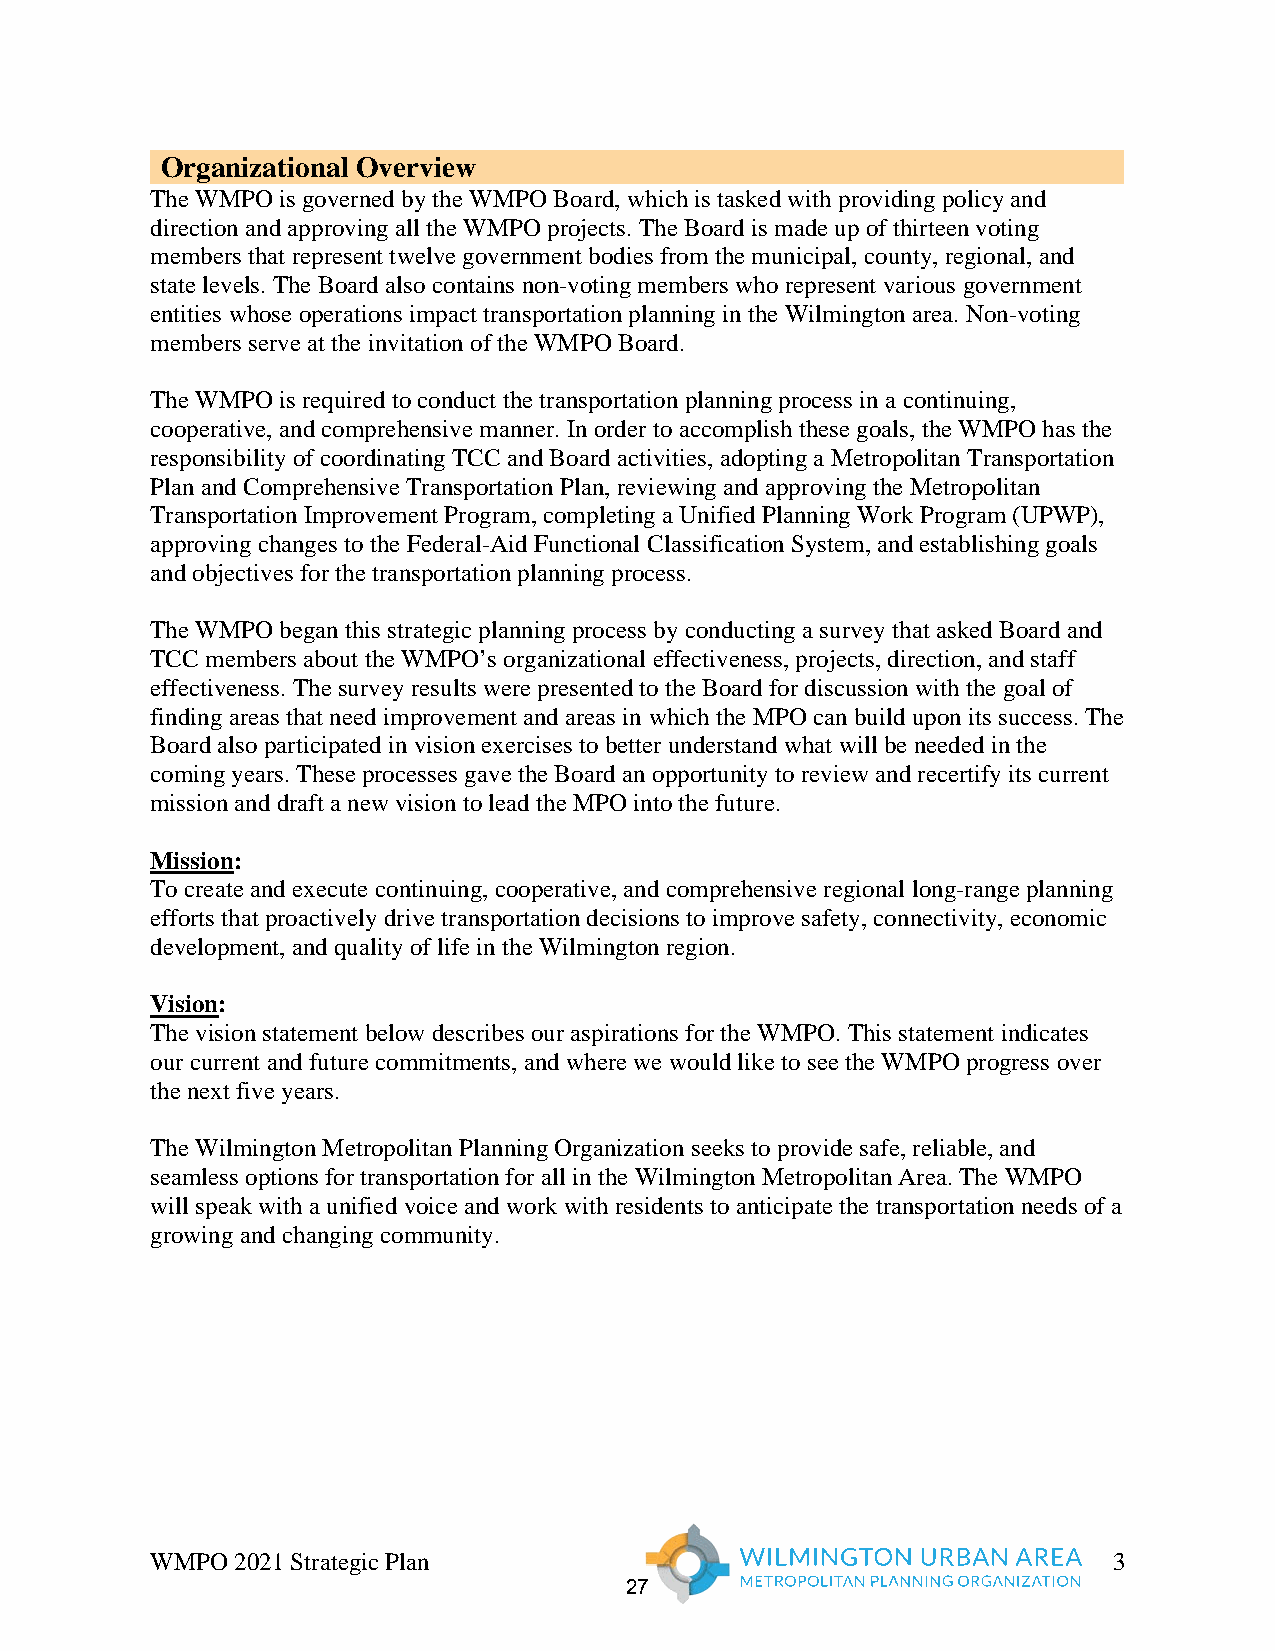
Organizational Overview
 The WMPO is governed by the WMPO Board, which is tasked with providing policy and
 direction and approving all the WMPO projects. The Board is made up of thirteen voting
 members that represent twelve government bodies from the municipal, county, regional, and
 state levels. The Board also contains non-voting members who represent various government
 entities whose operations impact transportation planning in the Wilmington area. Non-voting
 members serve at the invitation of the WMPO Board.
 The WMPO is required to conduct the transportation planning process in a continuing,
 cooperative, and comprehensive manner. In order to accomplish these goals, the WMPO has the
 responsibility of coordinating TCC and Board activities, adopting a Metropolitan Transportation
 Plan and Comprehensive Transportation Plan, reviewing and approving the Metropolitan
 Transportation Improvement Program, completing a Unified Planning Work Program (UPWP),
 approving changes to the Federal-Aid Functional Classification System, and establishing goals
 and objectives for the transportation planning process.
 The WMPO began this strategic planning process by conducting a survey that asked Board and
 TCC members about the WMPO’s organizational effectiveness, projects, direction, and staff
 effectiveness. The survey results were presented to the Board for discussion with the goal of
 finding areas that need improvement and areas in which the MPO can build upon its success. The
 Board also participated in vision exercises to better understand what will be needed in the
 coming years. These processes gave the Board an opportunity to review and recertify its current
 mission and draft a new vision to lead the MPO into the future.
 Mission:
 To create and execute continuing, cooperative, and comprehensive regional long-range planning
 efforts that proactively drive transportation decisions to improve safety, connectivity, economic
 development, and quality of life in the Wilmington region.
 Vision:
 The vision statement below describes our aspirations for the WMPO. This statement indicates
 our current and future commitments, and where we would like to see the WMPO progress over
 the next five years.
 The Wilmington Metropolitan Planning Organization seeks to provide safe, reliable, and
 seamless options for transportation for all in the Wilmington Metropolitan Area. The WMPO
 will speak with a unified voice and work with residents to anticipate the transportation needs of a
 growing and changing community.
 WMPO 2021 Strategic Plan                                        3
 27